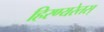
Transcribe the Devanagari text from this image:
हिरण्यरेतस्